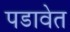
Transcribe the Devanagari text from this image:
पडावेत